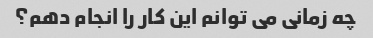
چه زمانی می توانم این کار را انجام دهم؟